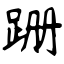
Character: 跚